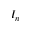
I _ { n }